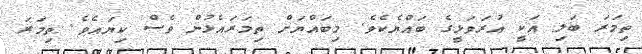
ތިމަރަ ބަލި އަކީ އުރަވަޅީގެ ބައްޔެކެވެ. މިބައްޔަށް ތިމަރައެޅުން ވެސް ކިޔައެވެ. ތިމަރަ